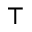
\intercal